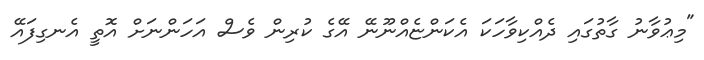
"މިޢުވާނު ގާތުގައި ދެއްކިވާހަކަ އެކަންޏެއްނޫނޭ އޭގެ ކުރިން ވެސް އަހަންނަށް އޮތީ އެނގިފައޭ